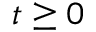
t \geq 0